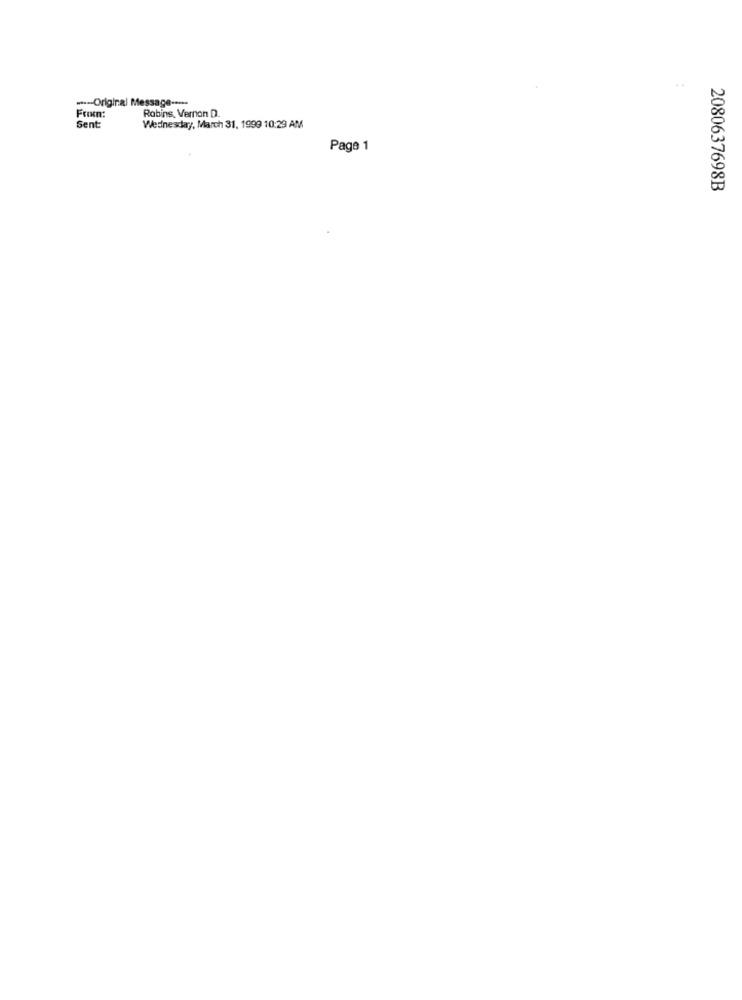
.--- Original Message -----
Robins, Vernon D.
Sent:
Wednesday, March 31, 1999 10:29 AM
Page 1
2080637698B